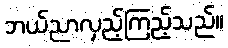
ဘယ်ညာလှည့်ကြည့်သည်။